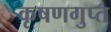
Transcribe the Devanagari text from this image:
कृषणगुप्त